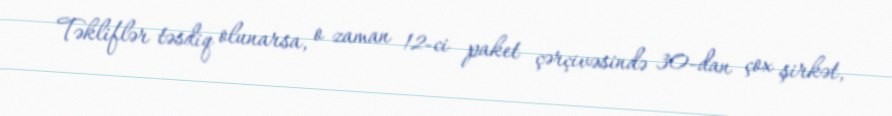
Təkliflər təsdiq olunarsa, o zaman 12-ci paket çərçivəsində 30-dan çox şirkət,